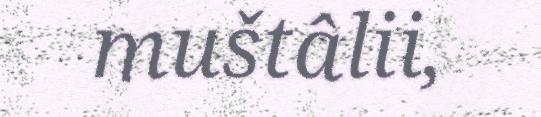
muštâlii,